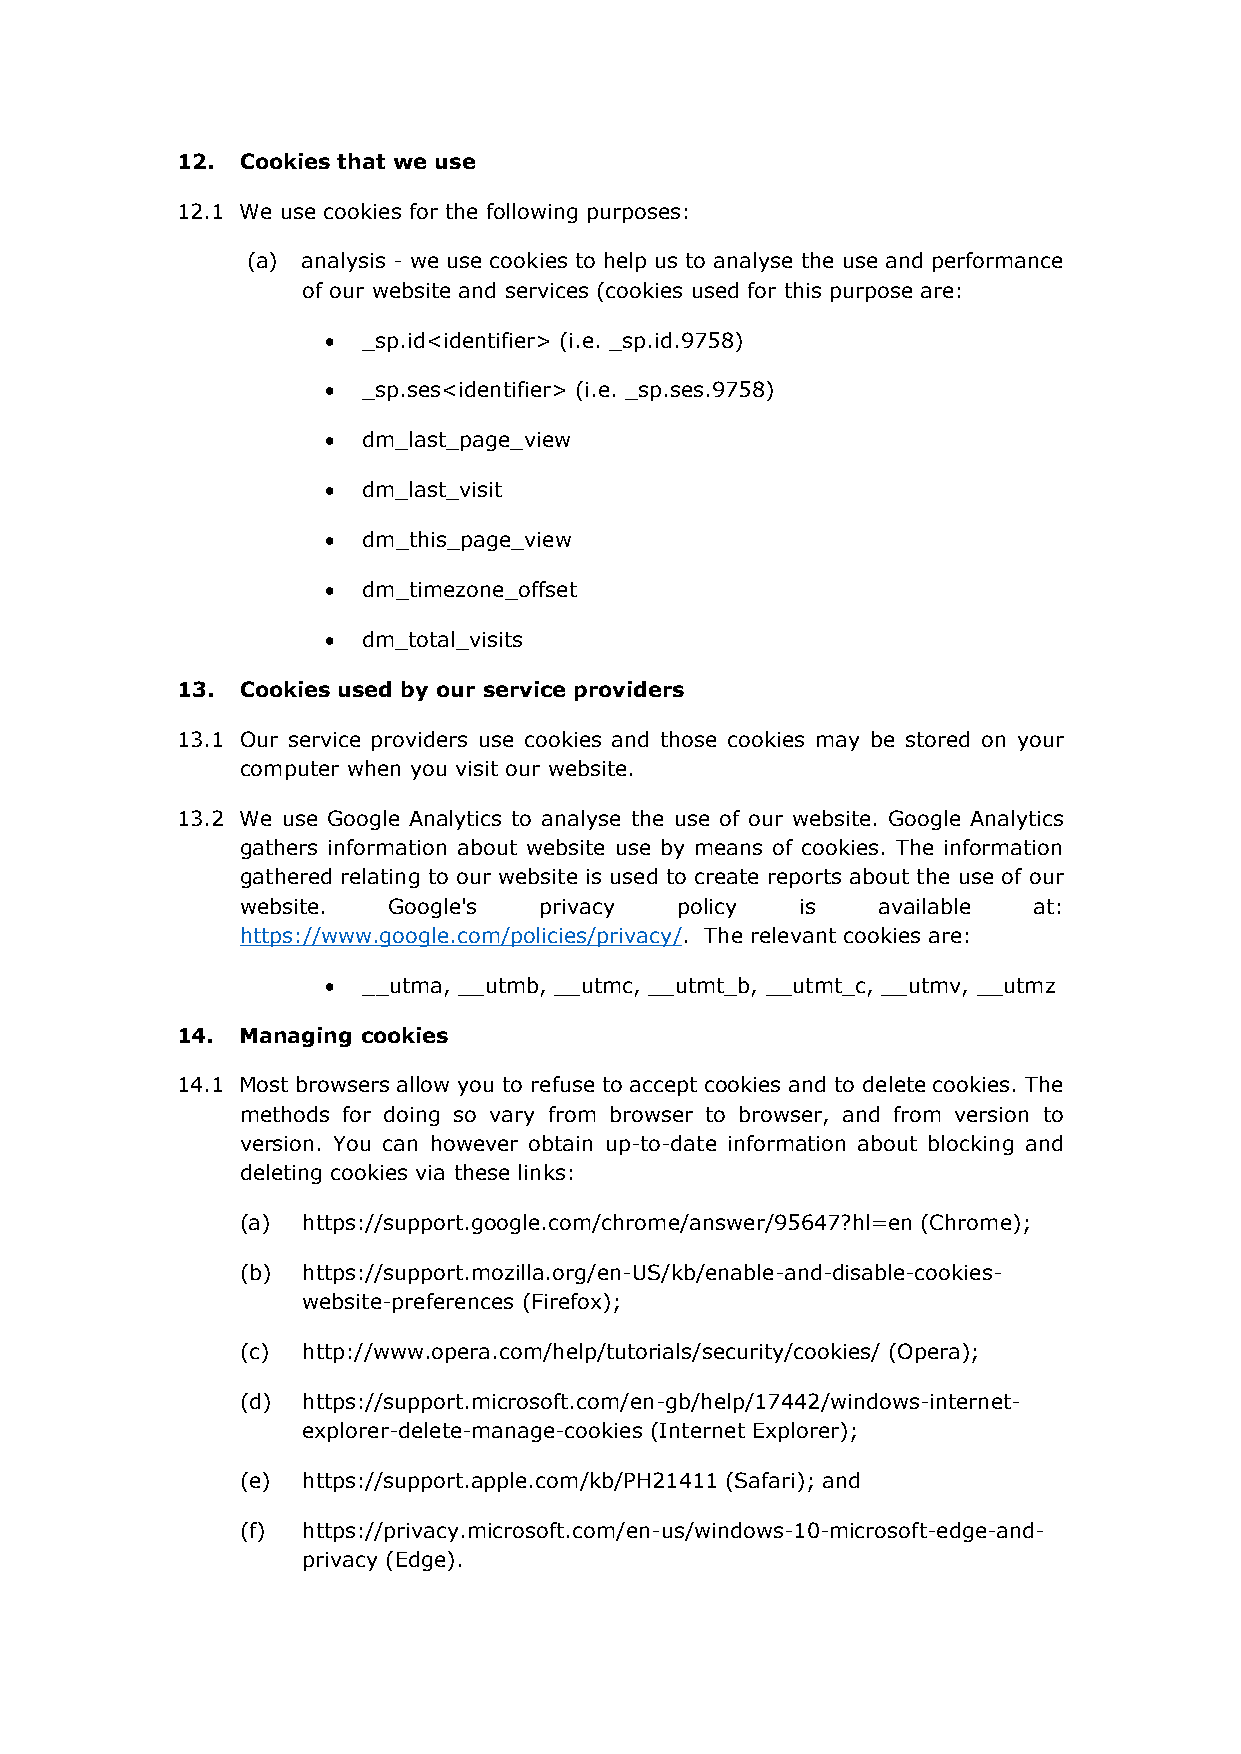
12. Cookies that we use
 12.1 We use cookies for the following purposes:
 (a) analysis - we use cookies to help us to analyse the use and performance
 of our website and services (cookies used for this purpose are:
   _sp.id<identifier> (i.e. _sp.id.9758)
   _sp.ses<identifier> (i.e. _sp.ses.9758)
   dm_last_page_view
   dm_last_visit
   dm_this_page_view
   dm_timezone_offset
   dm_total_visits
 13. Cookies used by our service providers
 13.1 Our service providers use cookies and those cookies may be stored on your
 computer when you visit our website.
 13.2 We use Google Analytics to analyse the use of our website. Google Analytics
 gathers information about website use by means of cookies. The information
 gathered relating to our website is used to create reports about the use of our
 website.  Google's  privacy  policy  is   available at:
 https://www.google.com/policies/privacy/. The relevant cookies are:
   __utma, __utmb, __utmc, __utmt_b, __utmt_c, __utmv, __utmz
 14. Managing cookies
 14.1 Most browsers allow you to refuse to accept cookies and to delete cookies. The
 methods for doing so vary from browser to browser, and from version to
 version. You can however obtain up-to-date information about blocking and
 deleting cookies via these links:
 (a) https://support.google.com/chrome/answer/95647?hl=en (Chrome);
 (b) https://support.mozilla.org/en-US/kb/enable-and-disable-cookies-
 website-preferences (Firefox);
 (c) http://www.opera.com/help/tutorials/security/cookies/ (Opera);
 (d) https://support.microsoft.com/en-gb/help/17442/windows-internet-
 explorer-delete-manage-cookies (Internet Explorer);
 (e) https://support.apple.com/kb/PH21411 (Safari); and
 (f) https://privacy.microsoft.com/en-us/windows-10-microsoft-edge-and-
 privacy (Edge).